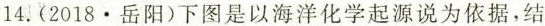
14.(2018·岳阳)下图是以海洋化学起源说为依据，结